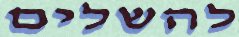
להשלים